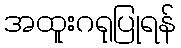
အထူးဂရုပြုရန်